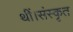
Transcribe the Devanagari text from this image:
थीं।संस्कृत